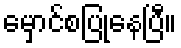
မှောင်စပြုနေပြီ။